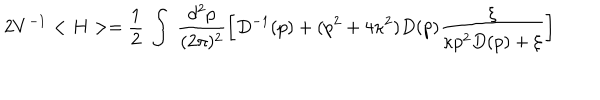
2 V ^ { - 1 } < H > = \frac { 1 } { 2 } ~ \int ~ \frac { d ^ { 2 } p } { ( 2 \pi ) ^ { 2 } } \left[ D ^ { - 1 } ( p ) + ( p ^ { 2 } + 4 \kappa ^ { 2 } ) D ( p ) \frac { \xi } { \kappa p ^ { 2 } D ( p ) + \xi } \right]